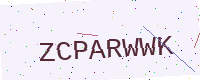
Text: ZCPARWWK